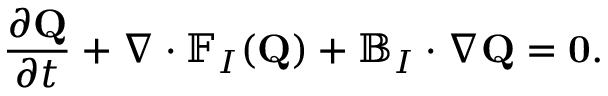
\frac { \partial \mathbf { Q } } { \partial t } + \nabla \cdot \mathbb { F } _ { I } ( \mathbf { Q } ) + \mathbb { B } _ { I } \cdot \nabla \mathbf { Q } = \mathbf { 0 } .